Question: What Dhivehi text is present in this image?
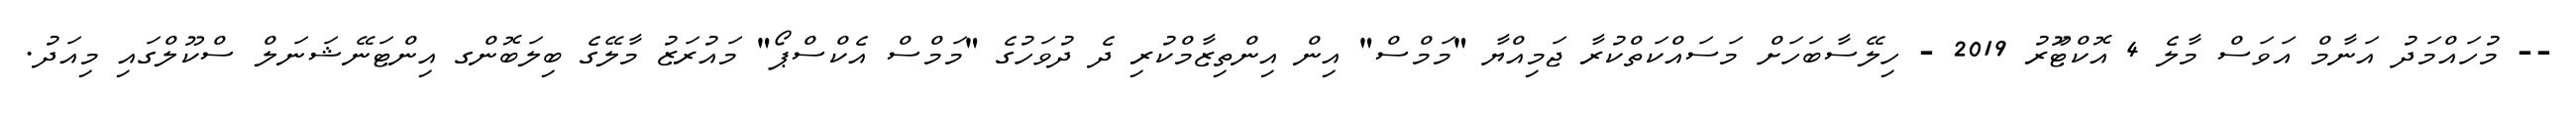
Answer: -- މުހައްމަދު އަނާމް އަވަސް މާލެ 4 އޮކްޓޫަރު 2019 - ހިލޭސާބަހަށް މަސައްކަތްކުރާ ޖަމިއްޔާ "މަމްސް" އިން އިންތިޒާމްކުރި ދެ ދުވަހުގެ "މަމްސް އެކްސްޕޯ" މައުރަޒު މާލޭގެ ބިލަބޮންގ އިންޓަނޭޝަނަލް ސްކޫލްގައި މިއަދު.